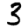
Digit: 3